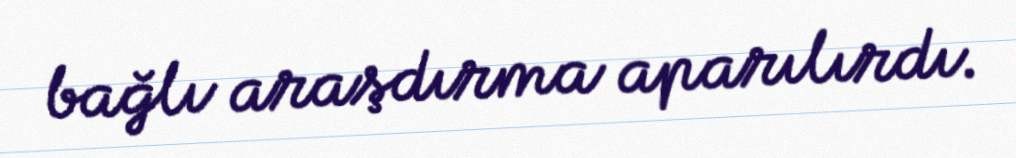
bağlı araşdırma aparılırdı.